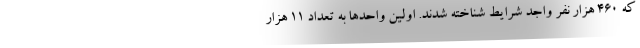
که ۴۶۰ هزار نفر واجد شرایط شناخته شدند. اولین واحدها به تعداد ۱۱ هزار